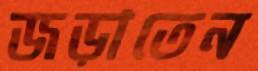
জড়াতেন